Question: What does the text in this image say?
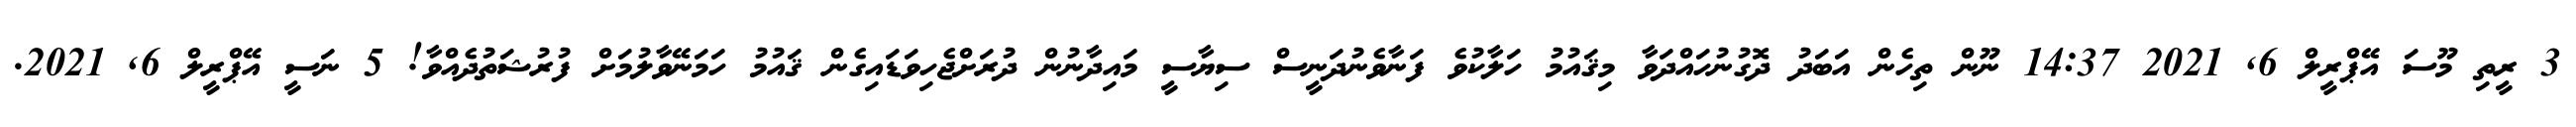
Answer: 3 ރީތި މޫސަ އޭޕްރީލް 6, 2021 14:37 ނޫން ތިހެން އަބަދު ދޮގުނުހައްދަވާ މިޤައުމު ހަލާކުވެ ފަނާވެނުދަނީސް ސިޔާސީ މައިދާނުން ދުރަށްޖެހިވަޑައިގެން ޤައުމު ހަމަނޭވާލުމަށް ފުރުޝަތުދެއްވާ! 5 ނަސީ އޭޕްރީލް 6, 2021.